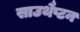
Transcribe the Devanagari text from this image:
साउथैप्टन